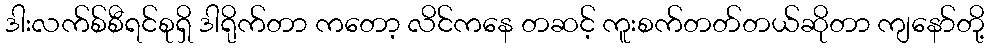
ဒါးလက်စ်စီရင်စုရှိ ဒါရိုက်တာ ကတော့ လိင်ကနေ တဆင့် ကူးစက်တတ်တယ်ဆိုတာ ကျနော်တို့